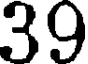
39